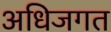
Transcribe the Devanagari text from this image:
अधिजगत